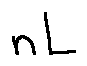
n L